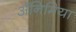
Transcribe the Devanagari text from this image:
अॅनिमिया